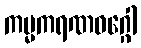
ကမ္မကရဏဝဂ္ဂေါ